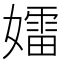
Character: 𡢽